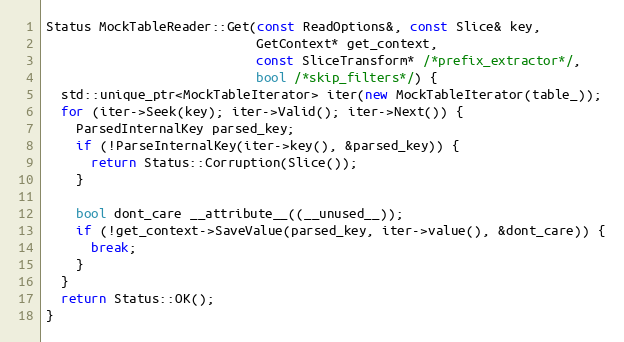
Language: C++
Status MockTableReader::Get(const ReadOptions&, const Slice& key,
                            GetContext* get_context,
                            const SliceTransform* /*prefix_extractor*/,
                            bool /*skip_filters*/) {
  std::unique_ptr<MockTableIterator> iter(new MockTableIterator(table_));
  for (iter->Seek(key); iter->Valid(); iter->Next()) {
    ParsedInternalKey parsed_key;
    if (!ParseInternalKey(iter->key(), &parsed_key)) {
      return Status::Corruption(Slice());
    }

    bool dont_care __attribute__((__unused__));
    if (!get_context->SaveValue(parsed_key, iter->value(), &dont_care)) {
      break;
    }
  }
  return Status::OK();
}